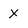
Character: x